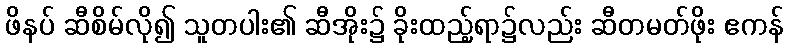
ဖိနပ် ဆီစိမ်လို၍ သူတပါး၏ ဆီအိုး၌ ခိုးထည့်ရာ၌လည်း ဆီတမတ်ဖိုး ဧကန်